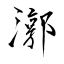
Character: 漷